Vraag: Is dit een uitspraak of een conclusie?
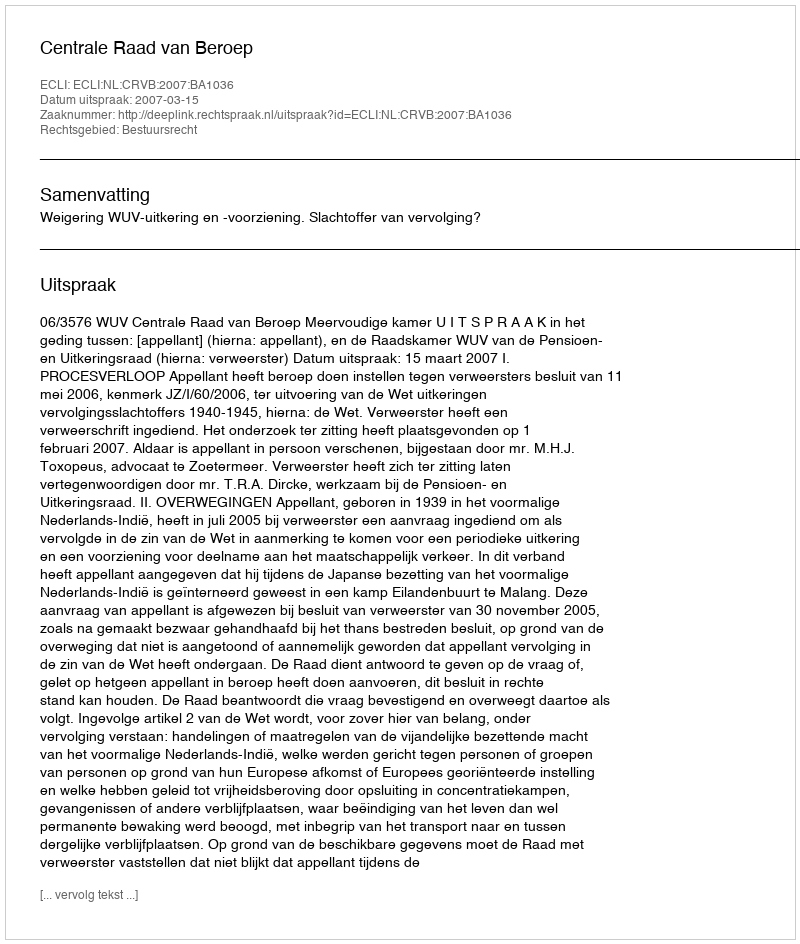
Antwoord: Uitspraak